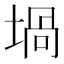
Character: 堝